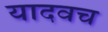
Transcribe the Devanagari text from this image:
यादवच